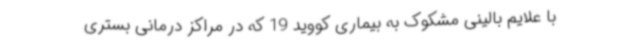
با علایم بالینی مشکوک به بیماری کووید 19 که در مراکز درمانی بستری